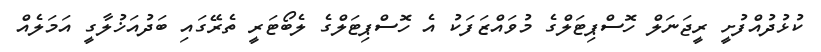
ކުޅުދުއްފުށީ ރީޖަނަލް ހޮސްޕިޓަލްގެ މުވައްޒަފަކު އެ ހޮސްޕިޓަލްގެ ލެބޯޓަރީ ތެރޭގައި ބަދުއަޚުލާގީ އަމަލެއް